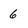
Character: 6